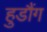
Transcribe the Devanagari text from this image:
हुडौंग